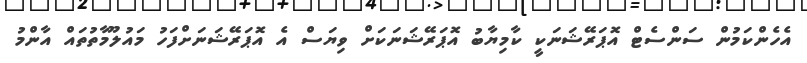
އެހެންކަމުން ސަންސެޓް އޮޕަރޭޝަނަކީ ކާމިޔާބު އޮޕަރޭޝަނަކަށް ވިޔަސް އެ އޮޕަރޭޝަނަށްފަހު މައުލޫމާތުތައް އާންމު